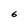
Character: 6